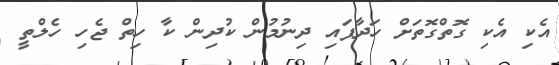
އެކި އެކި ގޮތްގޮތަށް ހަދާފައި ދިނުމުން ކުދިން ކާ ހިތް ޖެހި ހެލްތީ